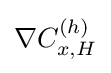
\nabla C_{x,H}^{(h)}